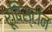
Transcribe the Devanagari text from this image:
रूबिंस्टीन